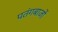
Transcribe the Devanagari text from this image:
पतंगबाजों